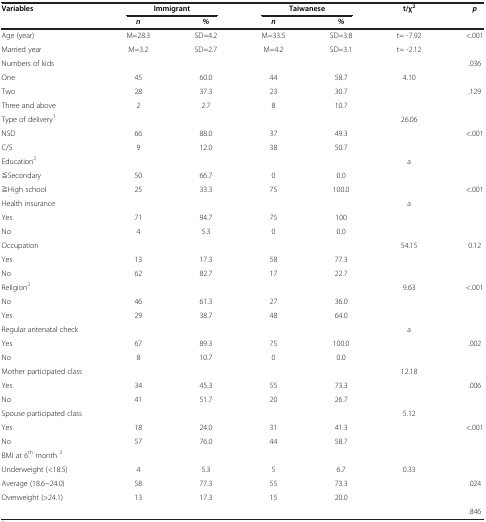
<table><thead><tr><td><b>Variables</b></td><td colspan="2"><b>Immigrant</b></td><td colspan="2"><b>Taiwanese</b></td><td><b>t/χ<sup>2</sup></b></td><td><b><i>p</i></b></td></tr><tr><td><b> </b></td><td><b><i>n</i></b></td><td><b><i>%</i></b></td><td><b><i>n</i></b></td><td><b><i>%</i></b></td><td><b> </b></td><td><b> </b></td></tr></thead><tbody><tr><td>Age (year)</td><td>M=28.3</td><td>SD=4.2</td><td>M=33.5</td><td>SD=3.8</td><td>t= -7.92</td><td>&lt;.001</td></tr><tr><td>Married year</td><td>M=3.2</td><td>SD=2.7</td><td>M=4.2</td><td>SD=3.1</td><td>t= -2.12</td><td> </td></tr><tr><td>Numbers of kids</td><td> </td><td> </td><td> </td><td> </td><td> </td><td>.036</td></tr><tr><td>One</td><td>45</td><td>60.0</td><td>44</td><td>58.7</td><td>4.10</td><td> </td></tr><tr><td>Two</td><td>28</td><td>37.3</td><td>23</td><td>30.7</td><td> </td><td>.129</td></tr><tr><td>Three and above</td><td>2</td><td>2.7</td><td>8</td><td>10.7</td><td> </td><td> </td></tr><tr><td>Type of delivery<sup>1</sup></td><td> </td><td> </td><td> </td><td> </td><td>26.06</td><td> </td></tr><tr><td>NSD</td><td>66</td><td>88.0</td><td>37</td><td>49.3</td><td> </td><td>&lt;.001</td></tr><tr><td>C/S</td><td>9</td><td>12.0</td><td>38</td><td>50.7</td><td> </td><td> </td></tr><tr><td>Education<sup>2</sup></td><td> </td><td> </td><td> </td><td> </td><td>a</td><td> </td></tr><tr><td>≦Secondary</td><td>50</td><td>66.7</td><td>0</td><td>0.0</td><td> </td><td> </td></tr><tr><td>≧High school</td><td>25</td><td>33.3</td><td>75</td><td>100.0</td><td> </td><td>&lt;.001</td></tr><tr><td>Health insurance</td><td> </td><td> </td><td> </td><td> </td><td>a</td><td> </td></tr><tr><td>Yes</td><td>71</td><td>94.7</td><td>75</td><td>100</td><td> </td><td> </td></tr><tr><td>No</td><td>4</td><td>5.3</td><td>0</td><td>0.0</td><td> </td><td> </td></tr><tr><td>Occupation</td><td> </td><td> </td><td> </td><td> </td><td>54.15</td><td>0.12</td></tr><tr><td>Yes</td><td>13</td><td>17.3</td><td>58</td><td>77.3</td><td> </td><td> </td></tr><tr><td>No</td><td>62</td><td>82.7</td><td>17</td><td>22.7</td><td> </td><td> </td></tr><tr><td>Religion<sup>2</sup></td><td> </td><td> </td><td> </td><td> </td><td>9.63</td><td>&lt;.001</td></tr><tr><td>No</td><td>46</td><td>61.3</td><td>27</td><td>36.0</td><td> </td><td> </td></tr><tr><td>Yes</td><td>29</td><td>38.7</td><td>48</td><td>64.0</td><td> </td><td> </td></tr><tr><td>Regular antenatal check</td><td> </td><td> </td><td> </td><td> </td><td>a</td><td> </td></tr><tr><td>Yes</td><td>67</td><td>89.3</td><td>75</td><td>100.0</td><td> </td><td>.002</td></tr><tr><td>No</td><td>8</td><td>10.7</td><td>0</td><td>0.0</td><td> </td><td> </td></tr><tr><td>Mother participated class</td><td> </td><td> </td><td> </td><td> </td><td>12.18</td><td> </td></tr><tr><td>Yes</td><td>34</td><td>45.3</td><td>55</td><td>73.3</td><td> </td><td>.006</td></tr><tr><td>No</td><td>41</td><td>51.7</td><td>20</td><td>26.7</td><td> </td><td> </td></tr><tr><td>Spouse participated class</td><td> </td><td> </td><td> </td><td> </td><td>5.12</td><td> </td></tr><tr><td>Yes</td><td>18</td><td>24.0</td><td>31</td><td>41.3</td><td> </td><td>&lt;.001</td></tr><tr><td>No</td><td>57</td><td>76.0</td><td>44</td><td>58.7</td><td> </td><td> </td></tr><tr><td>BMI at 6<sup>th</sup> month <sup>3</sup></td><td> </td><td> </td><td> </td><td> </td><td> </td><td> </td></tr><tr><td>Underweight (&lt;18.5)</td><td>4</td><td>5.3</td><td>5</td><td>6.7</td><td>0.33</td><td> </td></tr><tr><td>Average (18.6~24.0)</td><td>58</td><td>77.3</td><td>55</td><td>73.3</td><td> </td><td>.024</td></tr><tr><td>Overweight (&gt;24.1)</td><td>13</td><td>17.3</td><td>15</td><td>20.0</td><td> </td><td> </td></tr><tr><td> </td><td> </td><td> </td><td> </td><td> </td><td> </td><td>.846</td></tr></tbody></table>